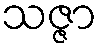
သဇ္ဇာ